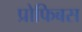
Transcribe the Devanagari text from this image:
प्रोफिबस